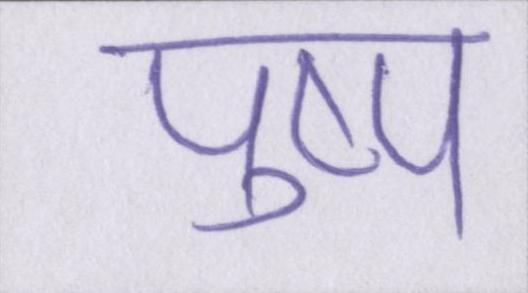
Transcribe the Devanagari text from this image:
पुष्प